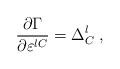
LaTeX: \begin{align*}\frac{\partial \Gamma }{\partial \varepsilon ^{lC}}=\Delta _C^l\;,\end{align*}